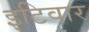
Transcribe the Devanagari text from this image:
इटिवार